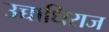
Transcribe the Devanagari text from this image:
उच्चाधिराज